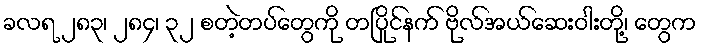
ခလရ ၂၈၃၊ ၂၈၄၊ ၃၂ စတဲ့တပ်တွေကို တပြိုင်နက် ဗိုလ်အယ်ဆေးဝါးတို့၊ တွေက